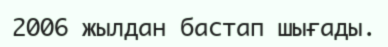
2006 жылдан бастап шығады.